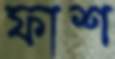
ফাশ